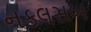
નકલસબ